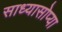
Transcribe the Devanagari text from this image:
साध्यासोप्या